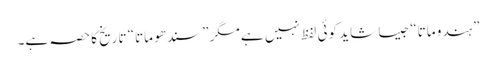
”ہندو ماتا“ جیسا شاید کوئی لفظ نہیں ہے مگر ”سندھو ماتا“ تاریخ کا حصہ ہے۔